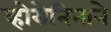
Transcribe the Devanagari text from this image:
व्होरोनिनाने